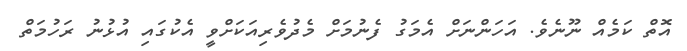
އޮތް ކަމެއް ނޫނެވެ. އަހަންނަށް އެމަގު ފެނުމަށް މެދުވެރިއަކަށްވީ އެކުގައި އުޅުނު ރަހުމަތް